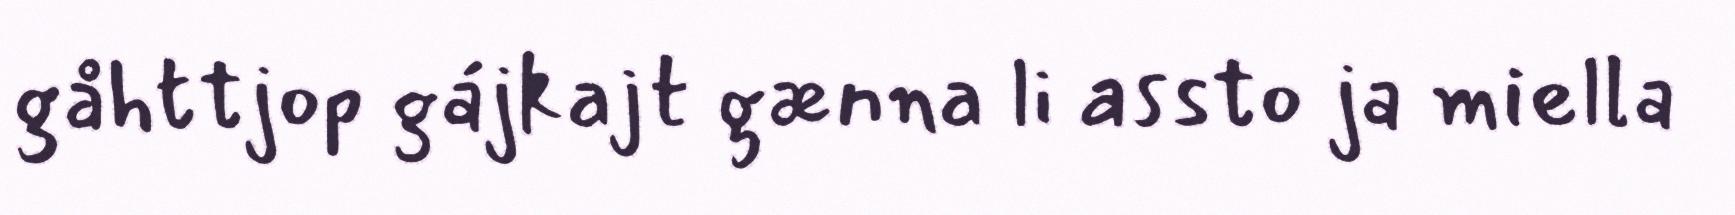
gåhttjop gájkajt gænna li assto ja miella